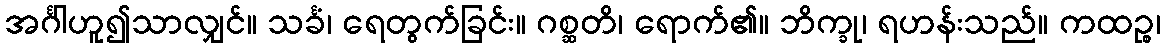
အင်္ဂါဟူ၍သာလျှင်။ သင်္ခံ၊ ရေတွက်ခြင်း။ ဂစ္ဆတိ၊ ရောက်၏။ ဘိက္ခု၊ ရဟန်းသည်။ ကထဉ္စ၊